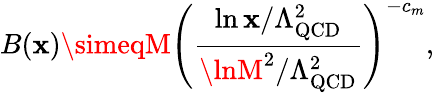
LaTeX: B(\mathbf{x})\simeqM\left(\frac{{\ln\mathbf{x}/\Lambda_{\mathrm{{QCD}}}^{2}}}{{\lnM^{2}/\Lambda_{\mathrm{{QCD}}}^{2}}}\right)^{-c_{m}},